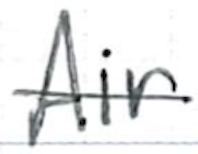
Text: Air
Cross-out: mix
Writing tool: ballpoint